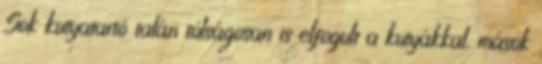
Sok kutyatartó talán túlságosan is elfogult a kutyákkal, mások